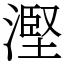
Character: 𣻹